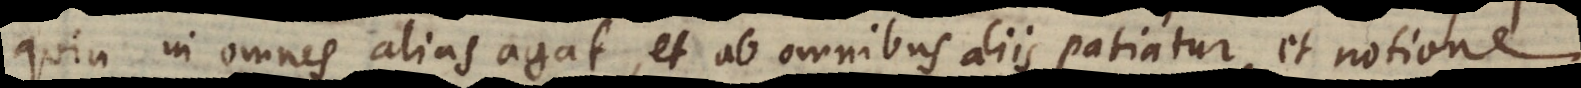
quin in omnes alias agat, et ab omnibus aliis patiatur, et notione